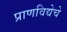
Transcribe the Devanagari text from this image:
प्राणविद्येचे